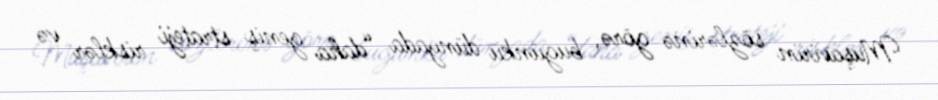
Müşavirin sözlərinə görə, bugünkü dünyada “daha geniş strateji risklər və